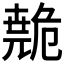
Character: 𫶺